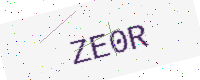
Text: ZE0R